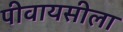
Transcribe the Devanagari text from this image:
पीवायसीला